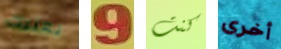
يعنيك 9 كنت أخرى